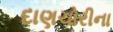
દાણચોરીના